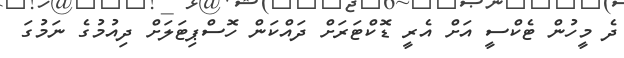
ދެ މީހުން ޓެކްސީ އަށް އެރީ ޑޮކްޓަރަށް ދައްކަން ހޮސްޕިޓަލަށް ދިއުމުގެ ނަމުގަ